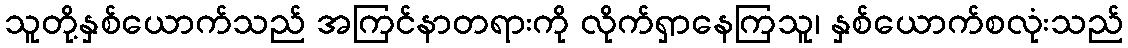
သူတို့နှစ်ယောက်သည် အကြင်နာတရားကို လိုက်ရှာနေကြသူ၊ နှစ်ယောက်စလုံးသည်